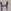
Text: H